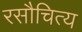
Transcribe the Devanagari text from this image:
रसौचित्य